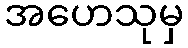
အဟေသုမှ